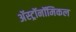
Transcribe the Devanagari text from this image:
अॅस्ट्रॉनॉमिकल